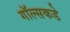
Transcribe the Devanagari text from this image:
गॉल्सकडे